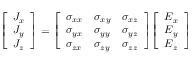
{ \left[ \begin{array} { l } { J _ { x } } \\ { J _ { y } } \\ { J _ { z } } \end{array} \right] } = { \left[ \begin{array} { l l l } { \sigma _ { x x } } & { \sigma _ { x y } } & { \sigma _ { x z } } \\ { \sigma _ { y x } } & { \sigma _ { y y } } & { \sigma _ { y z } } \\ { \sigma _ { z x } } & { \sigma _ { z y } } & { \sigma _ { z z } } \end{array} \right] } { \left[ \begin{array} { l } { E _ { x } } \\ { E _ { y } } \\ { E _ { z } } \end{array} \right] }